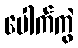
ပေါက်ကွဲ